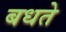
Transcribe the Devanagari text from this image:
बधते